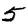
Digit: 5